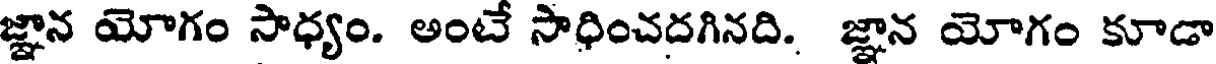
జ్ఞాన యోగం సాధ్యం. అంటే సాధించదగినది. జ్ఞాన యోగం కూడా